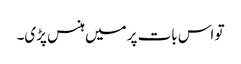
تو اس بات پر میں ہنس پڑی۔